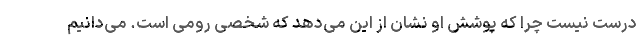
درست نیست چرا که پوشش او نشان از این می‌دهد که شخصی رومی است. می‌دانیم